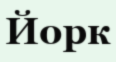
Йорк